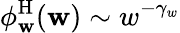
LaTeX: \phi_{\mathbf{w}}^{\mathrm{H}}(\mathbf{w})\sim w^{-\gamma_{w}}